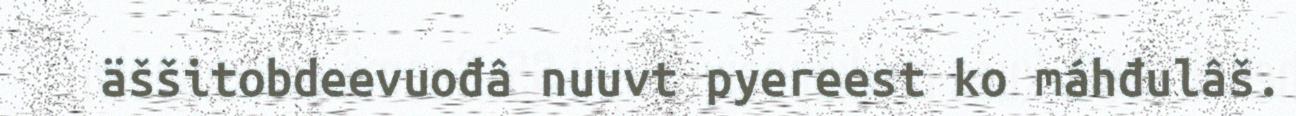
äššitobdeevuođâ nuuvt pyereest ko máhđulâš.